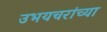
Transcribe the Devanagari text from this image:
उभयचरांच्या